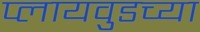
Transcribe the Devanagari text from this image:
प्लायवुडच्या